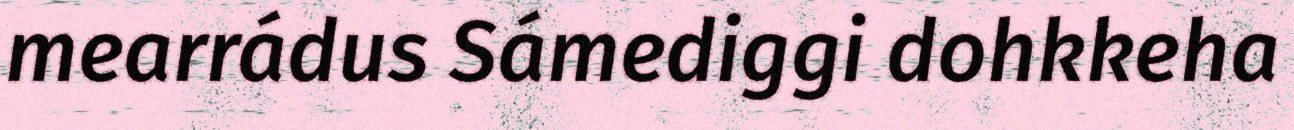
mearrádus Sámediggi dohkkeha